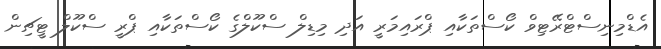
އެޑްމިނިސްޓްރޭޓިވް ކޯސްތަކާއި ޕްރައިމަރީ އަދި މިޑިލް ސްކޫލްގެ ކޯސްތަކާއި ޕްރީ ސްކޫލް ޓީޗިން